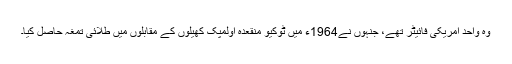
وہ واحد امریکی فائیٹر تھے، جنہوں نے1964ء میں ٹوکیو منقعدہ اولمپک کھیلوں کے مقابلوں میں طلائی تمغہ حاصل کیا۔